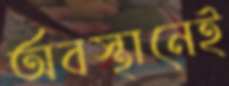
অবস্থানেই